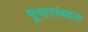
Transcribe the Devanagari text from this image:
भूभागांबद्दल